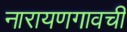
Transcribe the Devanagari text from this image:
नारायणगावची